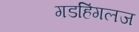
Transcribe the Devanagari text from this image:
गडहिंगलज